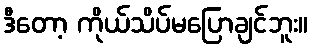
ဒီတော့ ကိုယ်သိပ်မပြောချင်ဘူး။